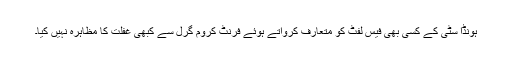
ہونڈا سٹی کے کسی بھی فیس لفٹ کو متعارف کرواتے ہوئے فرنٹ کروم گرِل سے کبھی غفلت کا مظاہرہ نہیں کیا۔